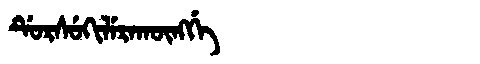
Manchu: ᡩᡠᡵᠰᡠᡴᡳᠯᡝᡵᠠᡴᡡᠩᡤᡝ
Romanization: DURSUKILERAKŪNGGE